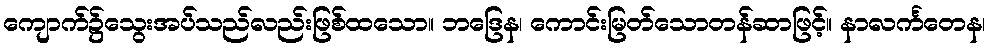
ကျောက်၌သွေးအပ်သည်လည်းဖြစ်ထသော။ ဘဒြေန၊ ကောင်းမြတ်သောတန်ဆာဖြင့်။ နာလင်္ကတေန၊